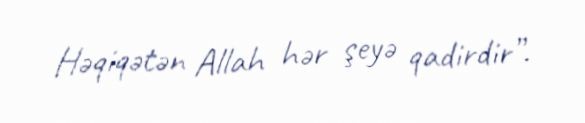
Həqiqətən Allah hər şeyə qadirdir”.